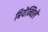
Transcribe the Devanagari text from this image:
बियेन्विले